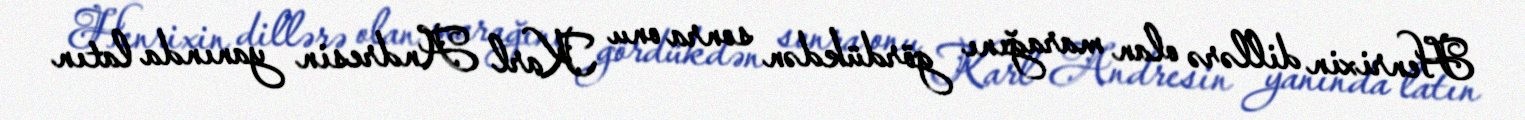
Henrixin dillərə olan marağını gördükdən sonra onu Karl Andresin yanında latın